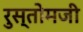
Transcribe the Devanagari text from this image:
रुस्तोमजी